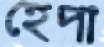
হেপা